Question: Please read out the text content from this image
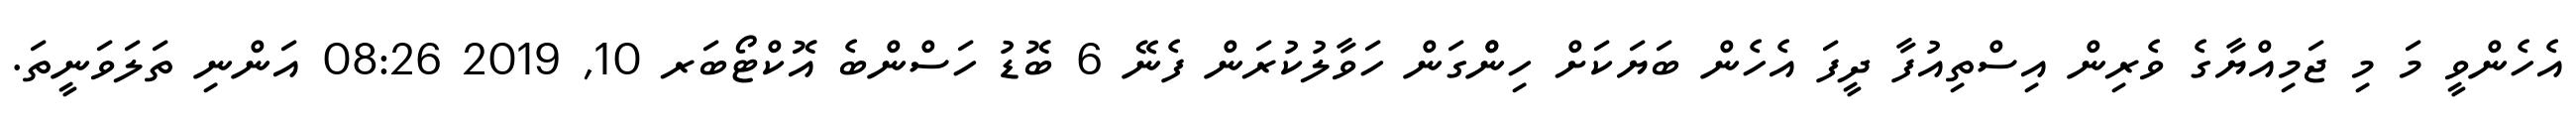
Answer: އެހެންވީ މަ މި ޖަމިއްޔާގެ ވެރިން އިސްތިއުފާ ދީފަ އެހެން ބަޔަކަށް ހިންްގަން ހަވާލުކުރަން ފެނޭ 6 ބޮޑު ހަސްންބެ އޮކްޓޯބަރ 10, 2019 08:26 އަންނި ތަލަވަނީތަ.